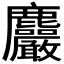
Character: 𪋹